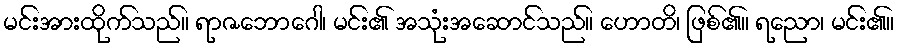
မင်းအားထိုက်သည်။ ရာဇဘောဂေါ၊ မင်း၏ အသုံးအဆောင်သည်။ ဟောတိ၊ ဖြစ်၏။ ရညော၊ မင်း၏။